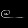
Digit: ၉